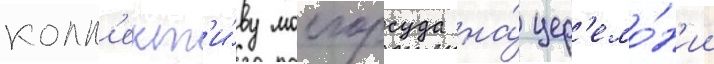
колл'ект'и́ву мосгорсуда на́ цер'емо́н'ии